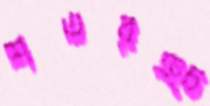
শতরঞ্চ